Lunatic asylums in Bengal annual reports 1888-1898 - 1888-1898
Year: 1888
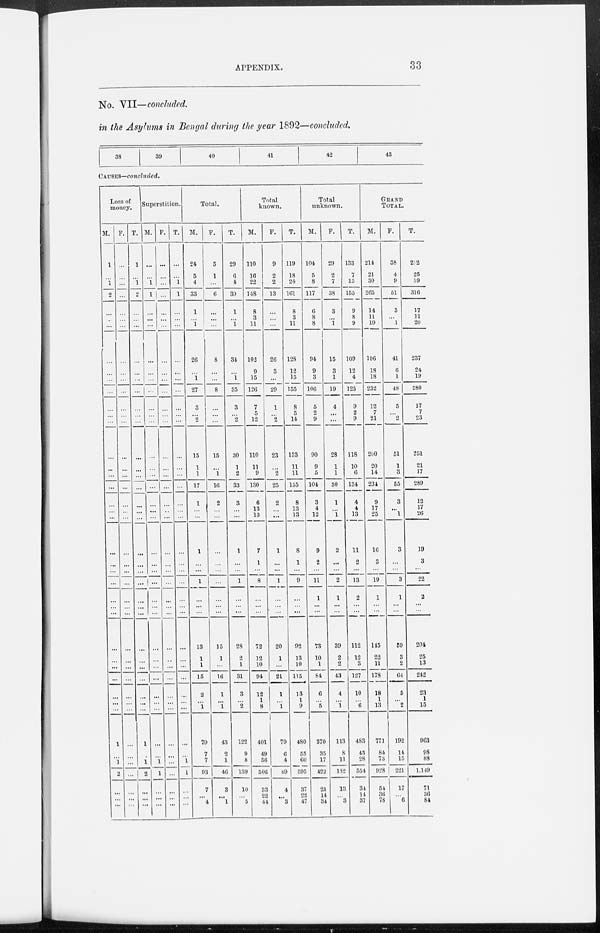
APPENDIX.
33
No. VII—concluded.
in the Asylums in Bengal during the year 1892—concluded.
38
39
40
41
42
43
CAUSES—concluded.
Loss of
money.
M.
1
...
1
2
...
...
...
...
...
...
...
...
...
...
...
...
...
...
...
...
...
...
...
...
...
...
...
...
...
...
...
...
...
...
...
1
...
1
2
...
...
...
F.
...
...
...
...
...
...
...
...
...
...
...
...
...
...
...
...
...
...
...
...
...
...
...
...
...
...
...
...
...
...
...
...
...
...
...
...
...
...
...
...
...
...
T.
1
...
1
2
...
...
...
...
...
...
...
...
...
...
...
...
...
...
...
...
...
...
...
...
...
...
...
...
...
...
...
...
...
...
...
1
...
1
2
...
...
...
Superstition.
M.
...
...
1
1
...
...
...
...
...
...
...
...
...
...
...
...
...
...
...
...
...
...
...
...
...
...
...
...
...
...
...
...
...
...
...
...
...
1
1
...
...
...
F.
...
...
...
...
...
...
...
...
...
...
...
...
...
...
...
...
...
...
...
...
...
...
...
...
...
...
...
...
...
...
...
...
...
...
...
...
...
...
...
...
...
...
T.
...
...
1
1
...
...
...
...
...
...
...
...
...
...
...
...
...
...
...
...
...
...
...
...
...
...
...
...
...
...
...
...
...
...
...
...
...
1
1
...
...
...
Total.
M.
24
5
4
33
1
...
1
26
...
1
27
3
...
2
15
1
1
17
1
...
...
1
...
...
1
...
...
...
13
1
1
15
2
...
1
79
7
7
93
7
...
4
F.
5
1
...
6
...
...
...
8
...
...
8
...
...
...
15
...
1
16
2
...
...
...
...
...
...
...
...
...
15
1
...
16
1
...
1
43
2
1
46
3
...
1
T.
29
6
4
39
1
...
1
34
...
1
35
3
...
2
30
1
2
33
3
...
...
1
...
...
1
...
...
...
28
2
1
31
3
...
2
122
9
8
139
10
...
5
Total
known.
M.
110
16
22
148
8
3
11
102
9
15
126
7
5
12
110
11
9
130
6
13
13
7
1
...
8
...
...
...
72
12
10
94
12
1
8
401
49
56
506
33
22
44
F.
9
2
2
13
...
...
...
26
3
...
29
1
... 2
23
...
2
25
2
...
...
1
...
...
1
...
...
...
20
1
...
21
1
...
1
79
6
4
89
4
...
3
T.
119
18
24
161
8
3
11
128
12
15
155
8
5
14
133
11
11
155
8
13
13
8
1
...
9
...
...
...
92
13
10
115
13
1
9
480
55
60
595
37
22
47
Total
unknown.
M.
104
5
8
117
6
8
8
94
9
3
106
5
2
9
90
9
5
104
3
4
12
9
2
...
11
1
...
...
73
10
1
84
6
...
5
370
35
17
422
21
14
34
F.
29
2
7
38
3
...
1
15
3
1
19
4
...
...
28
1
1
30
1
...
1
2
...
...
2
1
...
...
39
2
2
43
4
...
1
113
8
11
132
13
...
3
T.
133
7
15
155
9
8
9
109
12
4
125
9
2
9
118
10
6
134
4
4
13
11
2
...
13
2
...
...
112
12
3
127
10
...
6
483
43
28
554
34
14
37
GRAND
TOTAL.
M.
214
21
30
265
14
11
19
196
18
18
232
12
7
21
200
20
14
234
9
17
25
16
3
...
19
1
...
...
145
22
11
178
18
1
13
771
84
73
928
54
36
78
F.
38
4
9
51
3
...
1
41
6
1
48
5
...
2
51
1
3
55
3
...
1
3
...
...
3
1
...
...
59
3
2
64
5
...
2
192
14
15
221
17
...
6
T.
252
25
39
316
17
11
20
237
24
19
280
17
7
23
251
21
17
289
12
17
26
19
3
...
22
2
...
...
204
25
13
242
23
1
15
963
98
88
1,149
71
36
84